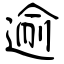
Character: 逾